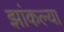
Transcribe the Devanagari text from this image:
झांकल्या